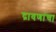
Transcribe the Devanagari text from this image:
द्रावणांचा